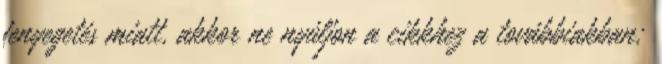
fenyegetés miatt, akkor ne nyúljon a cikkhez a továbbiakban;